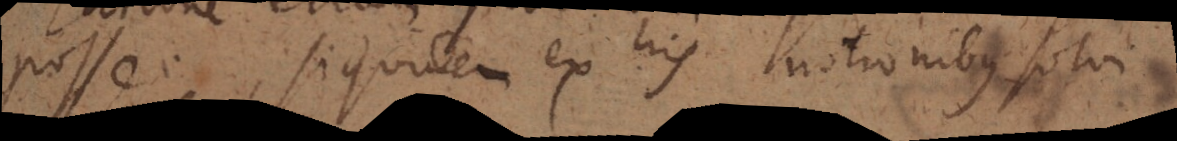
posse, si quidem ex his notionibus solvi